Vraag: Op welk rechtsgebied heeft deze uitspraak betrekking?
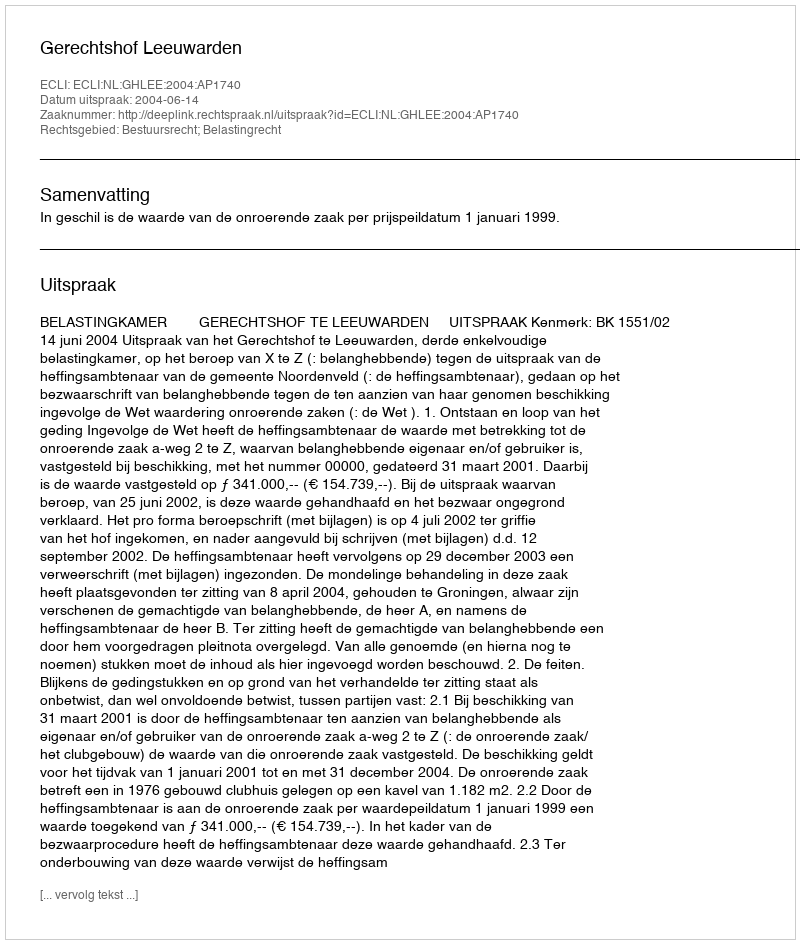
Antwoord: Bestuursrecht; Belastingrecht